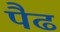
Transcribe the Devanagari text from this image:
पैढ